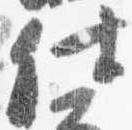
仕